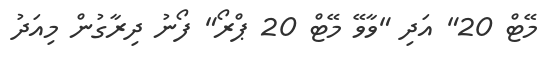
މޭޓް 20" އަދި "ވާވޭ މޭޓް 20 ޕްރޯ" ފޯނު ދިރާގުން މިއަދު